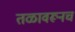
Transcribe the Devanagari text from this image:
तळावरूनच